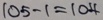
1 0 5 - 1 = 1 0 4